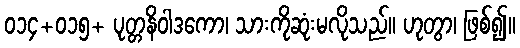
၀၁၄+၀၁၅+ ပုတ္တနိဝါဒကော၊ သားကိုဆုံးမလိုသည်။ ဟုတွာ၊ ဖြစ်၍။